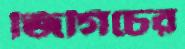
জিগিচের